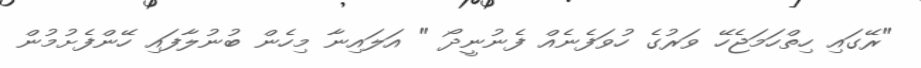
"ރޭގައި ހިތްހަމަޖެހޭ ވަރުގެ ހުވަފެނެއް ފެނުނީދޯ " އަލައިނާ މިހެން ބުނުލާފައި ހޭންފެށުމުން